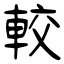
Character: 較